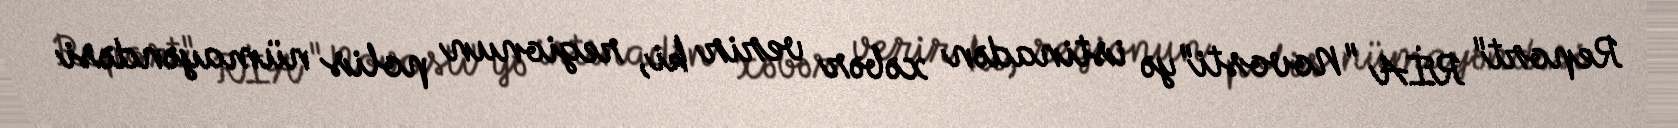
Report" RİA "Novosti"yə istinadən xəbər verir ki, regionun polis nümayəndəsi